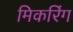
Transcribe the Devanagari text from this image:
मिकरिंग